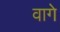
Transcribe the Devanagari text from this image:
वागे